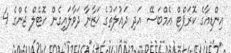
އިންޑިއާގެ ކޮރަޕްޓް އެމްބަސޭ އަދި ދައުލަތުގެ ޚަޒާނާ ދަވާލައިގެން ހޮޓެލް ޖެންގެ 4